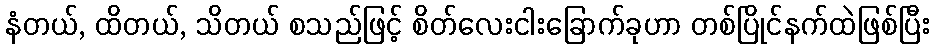
နံတယ်, ထိတယ်, သိတယ် စသည်ဖြင့် စိတ်လေးငါးခြောက်ခုဟာ တစ်ပြိုင်နက်ထဲဖြစ်ပြီး